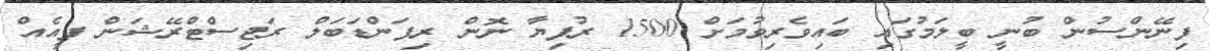
ފިނޭންސުން ބުނީ ބީލަމުގައި ބައިވެރިވުމަށް 1500 ރުފިޔާ ނޮން ރިފަންޑަބަލް ރަޖިސްޓްރޭޝަން ފީއެއް